Scientific memoirs by medical officers of the Army of India - Part XII,
Year: 1901
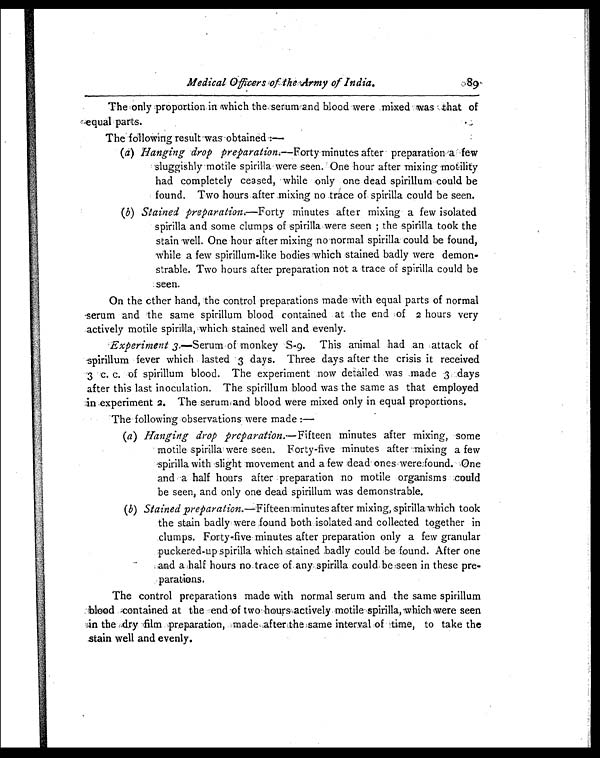
Medical Officers of the Army of India.
89
The only proportion in which the serum and blood were mixed was that of
equal parts.
T h e f o l l o w i n g r e s u l t w a s o b t a i n e d : —
(a) Hanging drop preparation.—Forty minutes after preparation a few
sluggishly motile spirilla were seen. One hour after mixing motility
had completely ceased, while only one dead spirillum could be
found. Two hours after mixing no trace of spirilla could be seen.
(b) Stained preparation—Forty minutes after mixing a few isolated
spirilla and some clumps of spirilla were seen ; the spirilla took the
stain well. One hour after mixing no normal spirilla could be found,
while a few spirillum-like bodies which stained badly were demon-
strable. Two hours after preparation not a trace of spirilla could be
seen.
On the other hand, the control preparations made with equal parts of normal
serum and the same spirillum blood contained at the end of 2 hours very
actively motile spirilla, which stained well and evenly.
Experiment 3.—Serum of monkey S-9. This animal had an attack of
spirillum fever which lasted 3 days. Three days after the crisis it received
3 c. c. of spirillum blood. The experiment now detailed was made 3 days
after this last inoculation. The spirillum blood was the same as that employed
in experiment 2. The, serum and blood were mixed only in equal proportions.
The following observations were made :—
(a) Hanging drop preparation.— Fifteen minutes after mixing, some
motile spirilla were seen. Forty-five minutes after mixing a few
spirilla with slight movement and a few dead ones were found. One
and a half hours after preparation no motile organisms could
be seen, and only one dead spirillum was demonstrable.
(b) Stained preparation.—Fifteen minutes after mixing, spirilla which took
the stain badly were found both isolated and collected together in
clumps. Forty-five minutes after preparation only a few granular
puckered-up spirilla which stained badly could be found. After one
and a half hours no trace of any spirilla could be seen in these pre-
parations.
The control preparations made with normal serum and the same spirillum
blood contained at the end of two hours actively motile spirilla, which were seen
in the dry film preparation, made after the same interval of time, to take the
stain well and evenly.